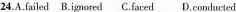
24.A.failed B.ignored C.faced D.conducted